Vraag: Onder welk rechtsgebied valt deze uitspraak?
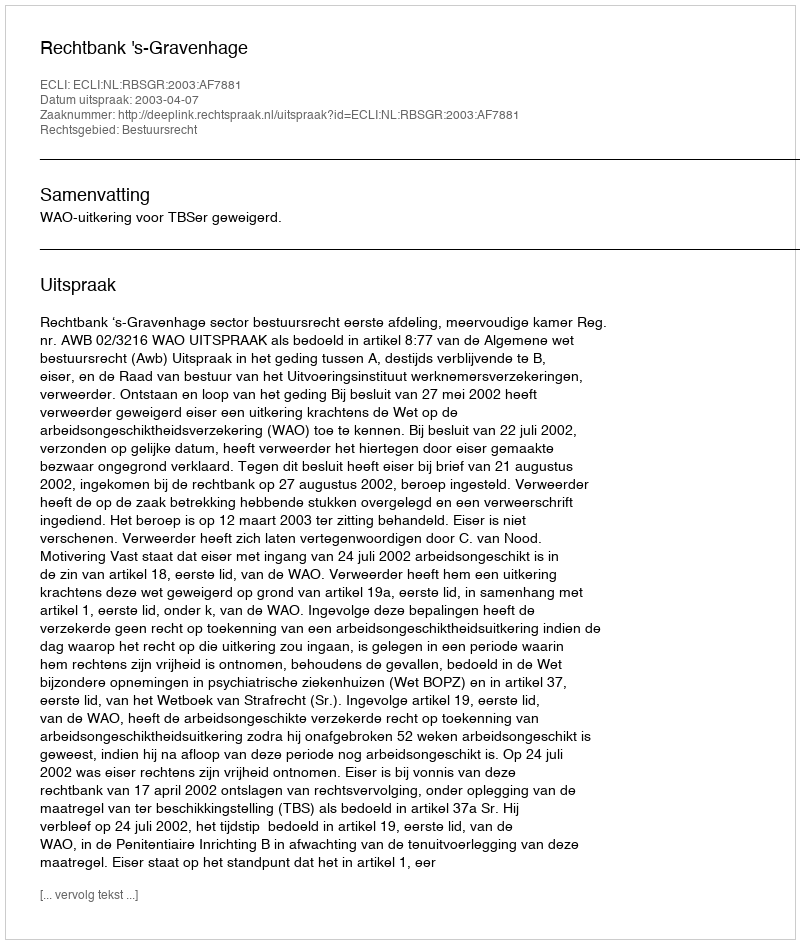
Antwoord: Bestuursrecht